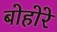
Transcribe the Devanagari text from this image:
बोहोरे